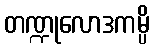
တဏ္ဍုလောဒကမ္ပိ